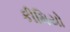
કીમિયો